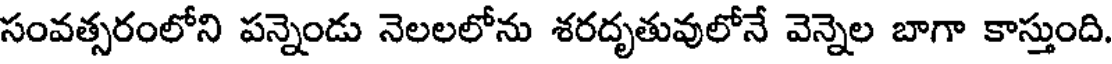
సంవత్సరంలోని పన్నెండు నెలలలోను శరదృతువులోనే వెన్నెల బాగా కాస్తుంది